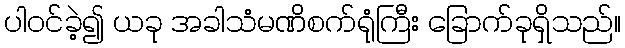
ပါဝင်ခဲ့၍ ယခု အခါသံမဏိစက်ရုံကြီး ခြောက်ခုရှိသည်။